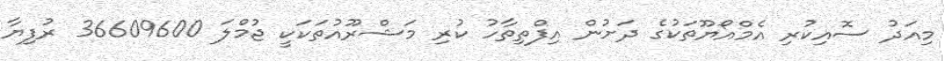
މިއަދު ސޮއިކުރި އެމްއޯޔޫތަކުގެ ދަށުން އިފްތިތާހު ކުރި މަޝްރޫއުތަކަކީ ޖުމްލަ 36609600 ރުފިޔާ